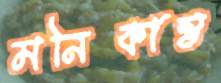
মনিকান্ত